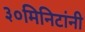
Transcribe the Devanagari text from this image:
३०मिनिटांनी